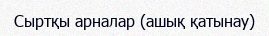
Сыртқы арналар (ашық қатынау)